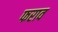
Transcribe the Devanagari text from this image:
फराव